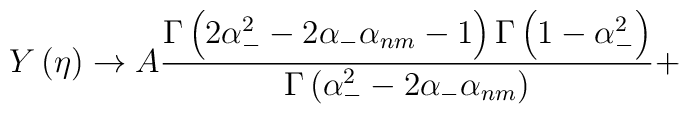
Y\left(\eta  \right)\rightarrow A\frac{\Gamma\left(2\alpha _{-}^{2}-2\alpha _{-}\alpha _{nm}-1\right) \Gamma\left(1-\alpha _{-}^{2}\right)}{\Gamma \left(\alpha _{-}^{2}-2\alpha _{-}\alpha _{nm}\right)}+